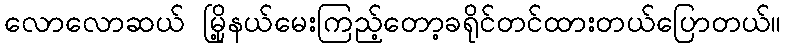
လောလောဆယ် မြို့နယ်မေးကြည့်တော့ခရိုင်တင်ထားတယ်ပြောတယ်။